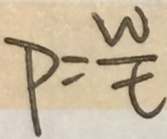
P = \frac { w } { t }